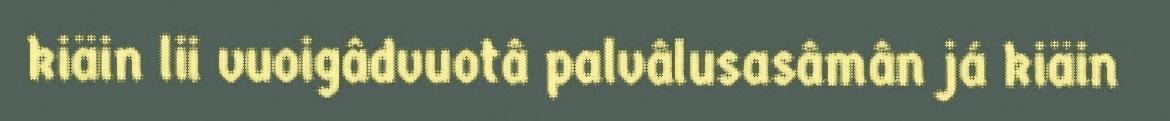
kiäin lii vuoigâdvuotâ palvâlusasâmân já kiäin